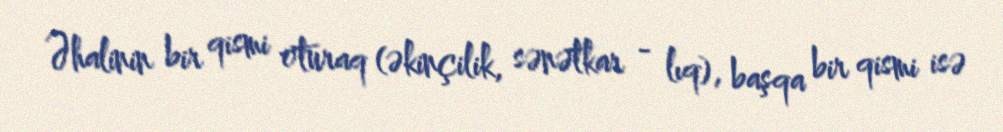
Əhalinin bir qismi oturaq (əkinçilik, sənətkar - lıq), başqa bir qismi isə